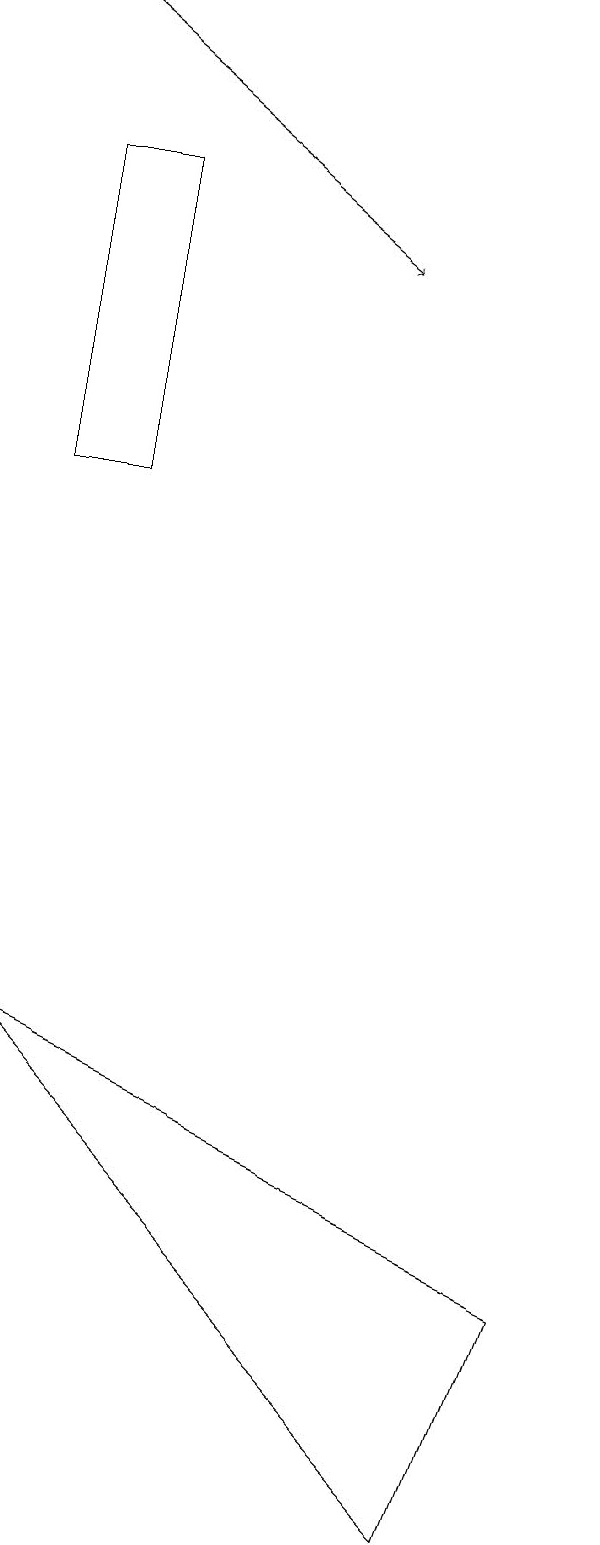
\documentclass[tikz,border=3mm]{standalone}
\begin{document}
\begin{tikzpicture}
\draw[->] (1,19) -- (5,16);
\draw (1,6) -- (7,0) -- (8,3) -- cycle;
\draw (1,17) rectangle (2,13);
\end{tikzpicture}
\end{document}